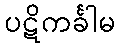
ပဋိကင်္ခါမ